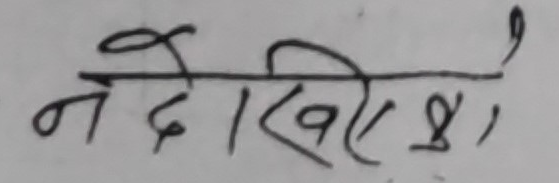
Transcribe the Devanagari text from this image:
नेदिखिएका,